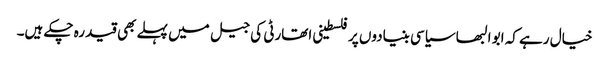
خیال رہے کہ ابو البھا سیاسی بنیادوں پر فلسطینی اتھارٹی کی جیل میں پہلے بھی قید رہ چکے ہیں۔